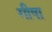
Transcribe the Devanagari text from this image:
गीषा